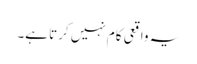
یہ واقعی کام نہیں کرتا ہے۔